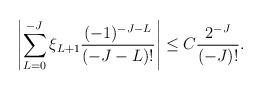
LaTeX: \begin{align*}\left|\sum_{L=0}^{-J} \xi_{L+1}\frac{(-1)^{-J-L}}{(-J-L)!} \right| \le C \frac {2^{-J}}{(-J)!}.\end{align*}